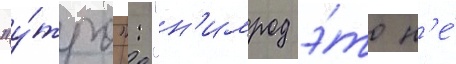
"у́тро": "н'имрод э́то н'е́